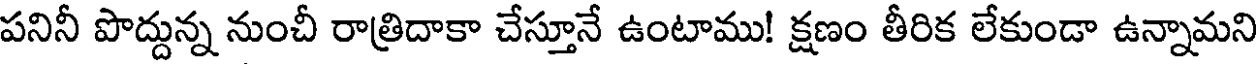
పనినీ పొద్దున్న నుంచీ రాత్రిదాకా చేస్తూనే ఉంటాము! క్షణం తీరిక లేకుండా ఉన్నామని